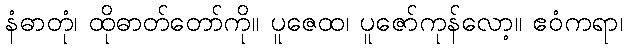
နံဓာတုံ၊ ထိုဓာတ်တော်ကို။ ပူဇေထ၊ ပူဇော်ကုန်လော့။ ဧဝံကရာ၊